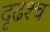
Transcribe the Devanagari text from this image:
दृढश्च